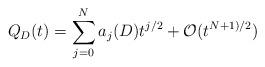
LaTeX: \begin{align*}Q_D(t)=\sum_{j=0}^N a_j(D)t^{j/2} + \mathcal{O}(t^{{N+1)}/2})\end{align*}